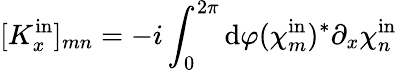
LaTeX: [K_{x}^{\mathrm{in}}]_{mn}=-i\int_{0}^{2\pi}\mathrm{d}\varphi(\chi_{m}^{\mathrm{in}})^{*}\partial_{x}\chi_{n}^{\mathrm{in}}